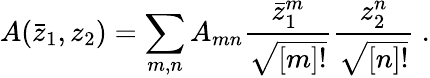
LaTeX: A(\bar{z}_{1},z_{2})=\sum_{m,n}A_{mn}\frac{\bar{z}_{1}^{m}}{\sqrt{[m]!}}\frac{z_{2}^{n}}{\sqrt{[n]!}}\ .